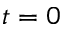
t = 0